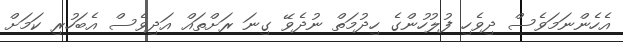
އެހެންނަމަވެސް ދިވެހި ފުލުހުންގެ ހިދުމަތް ނުދެވޭ ގިނަ ރަށްތައް އަދިވެސް އެބަހުރި ކަމަށް